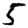
Digit: 5